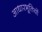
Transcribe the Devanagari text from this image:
आधारभूतियों